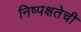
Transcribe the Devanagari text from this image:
निष्‍पक्षतेची